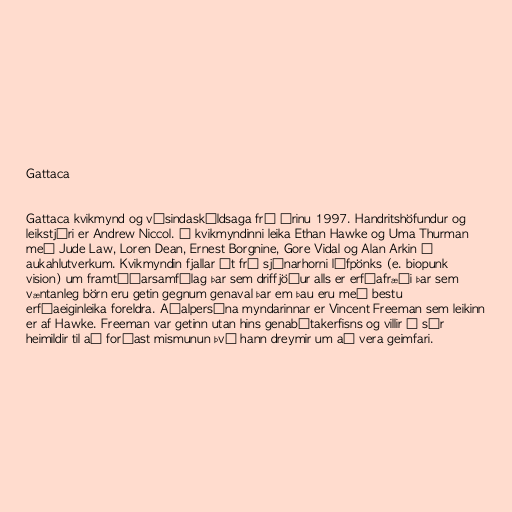
Gattaca

Gattaca kvikmynd og vísindaskáldsaga frá árinu 1997. Handritshöfundur og
leikstjóri er Andrew Niccol. Í kvikmyndinni leika Ethan Hawke og Uma Thurman
með Jude Law, Loren Dean, Ernest Borgnine, Gore Vidal og Alan Arkin í
aukahlutverkum. Kvikmyndin fjallar út frá sjónarhorni lífpönks (e. biopunk
vision) um framtíðarsamfélag þar sem driffjöður alls er erfðafræði þar sem
væntanleg börn eru getin gegnum genaval þar em þau eru með bestu
erfðaeiginleika foreldra. Aðalpersóna myndarinnar er Vincent Freeman sem leikinn
er af Hawke. Freeman var getinn utan hins genabótakerfisns og villir á sér
heimildir til að forðast mismunun því hann dreymir um að vera geimfari.